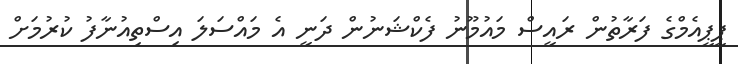
ޕީޕީއެމްގެ ފަރާތުން ރައީސް މައުމޫނުު ފެކްޝަނުން ދަނީ އެ މައްސަލަ އިސްތިއުނާފު ކުރުމަށް